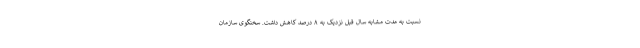
نسبت به مدت مشابه سال قبل نزدیک به ۸ درصد کاهش داشت. سخنگوی سازمان